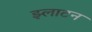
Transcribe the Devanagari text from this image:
झ्लाटन